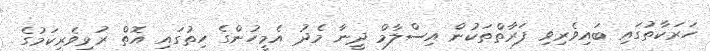
ހަރަކާތުގައި ބައިވެރިވި ފަރާތްތަކުން އިސްލާމް ދީނާ މެދު އެމީހުންގެ ހިތުގައި އޮތް ރުޅިވެރިކަމުގެ